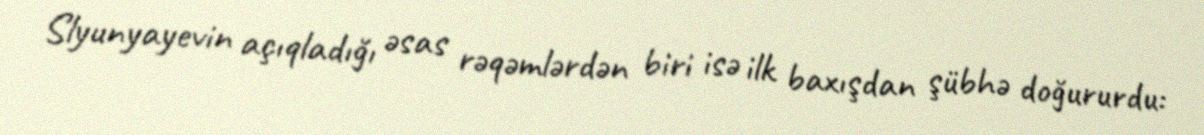
Slyunyayevin açıqladığı əsas rəqəmlərdən biri isə ilk baxışdan şübhə doğururdu: